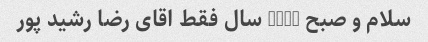
سلام و صبح LINK سال فقط اقای رضا رشید پور